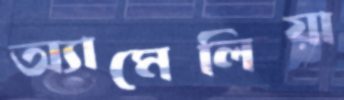
অ্যামেলিয়া